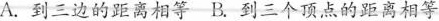
A.到三边的距离相等-B.到三个顶点的距离相等